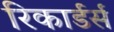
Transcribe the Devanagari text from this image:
रिकार्डर्स